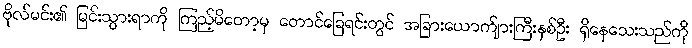
ဗိုလ်မင်း၏ မြင်းသွားရာကို ကြည့်မိတော့မှ တောင်ခြေရင်းတွင် အခြားယောက်ျားကြီးနှစ်ဦး ရှိနေသေးသည်ကို